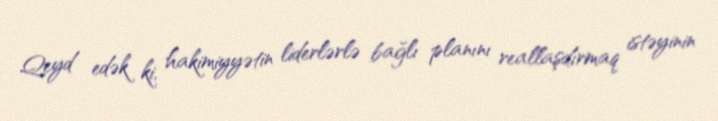
Qeyd edək ki, hakimiyyətin liderlərlə bağlı planını reallaşdırmaq istəyinin